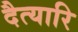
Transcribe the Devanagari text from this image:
दैत्यारि